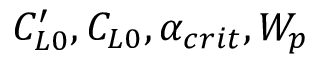
C _ { L 0 } ^ { \prime } , C _ { L 0 } , \alpha _ { c r i t } , W _ { p }